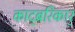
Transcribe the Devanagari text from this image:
काद्ब्ररिकार्